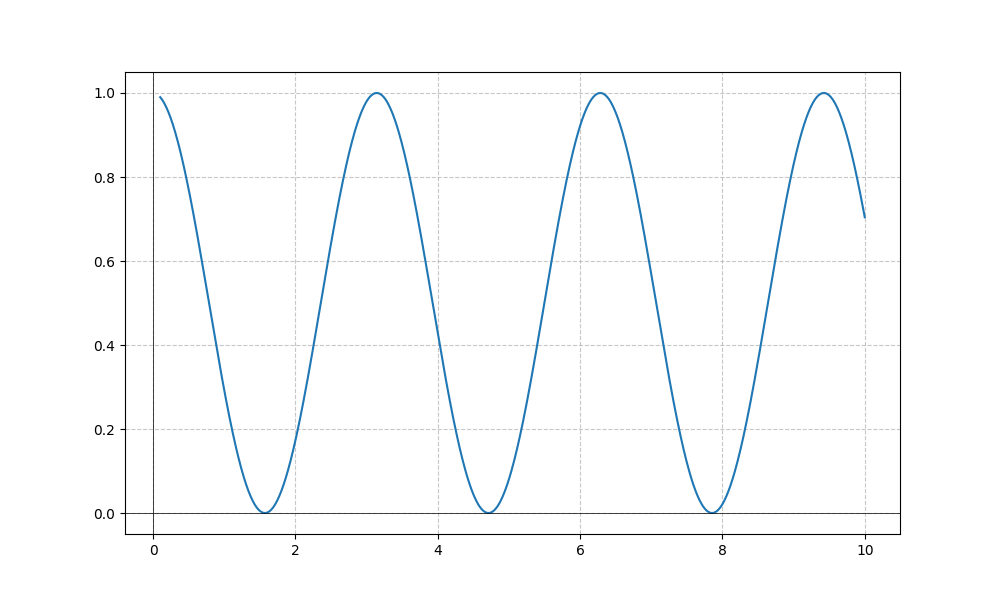
LaTeX formula: \cos^{2}{\left(x \right)}